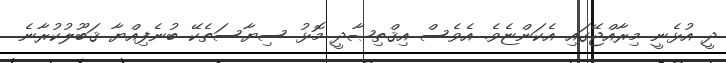
ދީ އުޅެނީ މިރާއްޖޭގައި އެކަންޏެވެ. އެވެސް އިޤްތިޞާދީ މޮޅު ސިޔާސަތެކޭ ބުނެފިއްޔާ ޤަބޫލުކުރާނެ